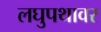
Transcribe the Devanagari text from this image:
लघुपथावर